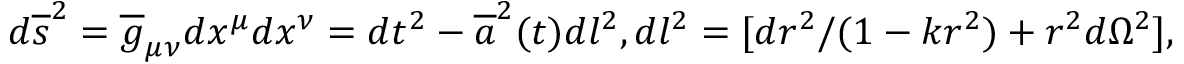
d \overline { { { s } } } ^ { 2 } = \overline { { { g } } } _ { \mu \nu } d x ^ { \mu } d x ^ { \nu } = d t ^ { 2 } - \overline { { { a } } } ^ { 2 } ( t ) d l ^ { 2 } , d l ^ { 2 } = [ d r ^ { 2 } / ( 1 - k r ^ { 2 } ) + r ^ { 2 } d \Omega ^ { 2 } ] ,